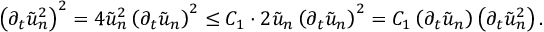
\left( \partial _ { t } \tilde { u } _ { n } ^ { 2 } \right) ^ { 2 } = 4 \tilde { u } _ { n } ^ { 2 } \left( \partial _ { t } \tilde { u } _ { n } \right) ^ { 2 } \leq C _ { 1 } \cdot 2 \tilde { u } _ { n } \left( \partial _ { t } \tilde { u } _ { n } \right) ^ { 2 } = C _ { 1 } \left( \partial _ { t } \tilde { u } _ { n } \right) \left( \partial _ { t } \tilde { u } _ { n } ^ { 2 } \right) .